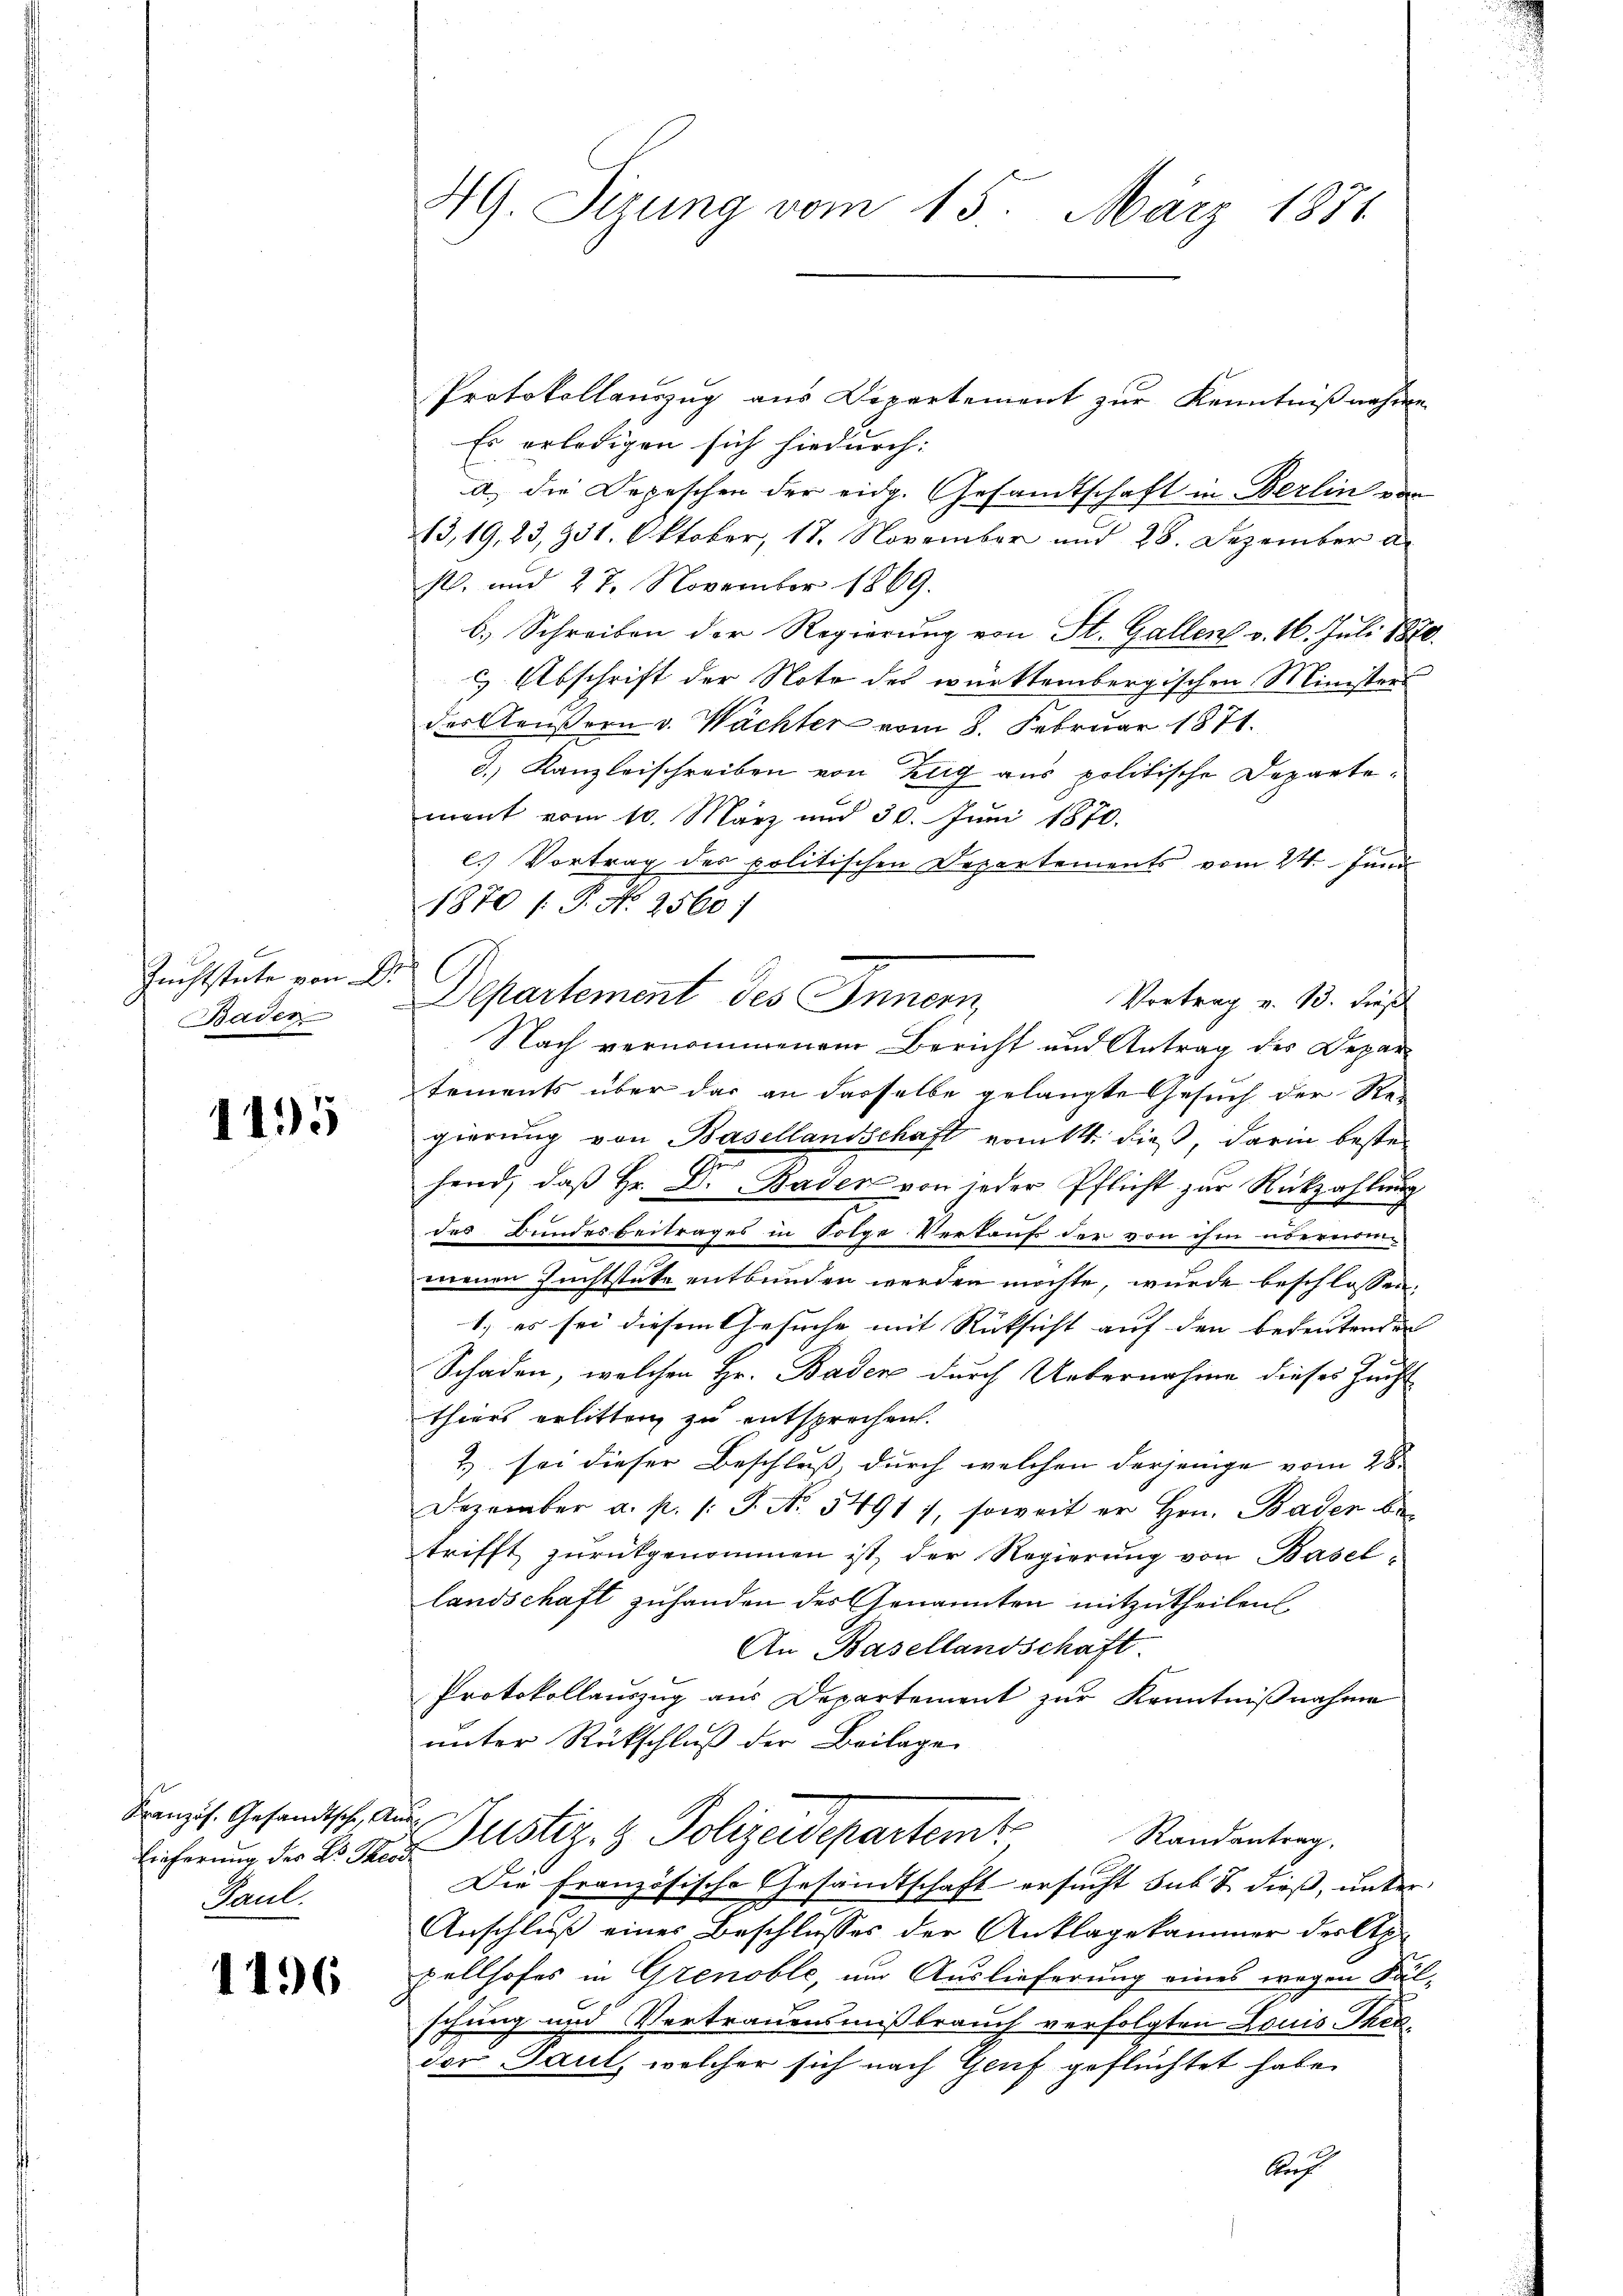
Zuchtstate von
Baden

1495

Französ. Gesandtsch, A.
lieferung des Dr. Theo
Paul.

1496

49. Sizung vom 15. März 1881

Protokollauszug aus Departement zur Kenntnißnahme
Es erledigen sich hiedurch:
a) die Depeschen der eidg. Gesandtschaft in Berlin von
13,19, 23, 931. Oktober, 17. November und 28. Dezember a.
1. und 27. November 1869.
b.) Schreiben der Regierung von St. Gallen v. 16. Juli 181
 Abschrift der Note des württembergischen Ministers
des Aeußern v. Wächter vom 8. Februar 1871.
2
d. Kanzleischreiben von Zug aus politische Departement vom 10. März und 30. Juni 1870.
l. Vortrag des politischen Departements vom 24. Juni
Vortrag v. 13. dieß
Nach vernommenem Bericht und Antrag des Departements über das an dasselbe gelangte Gesuch der Ste-
gierung von Basellandschaft ermitt. dieß, darin bestehend, daß Hr. Dr. Baden von jeder Pflicht zur Rückzahlung
des Bundesbeitrages in Folge Verkaufs der von ihm übereiden
menen Zuchtstutz entbunden werden möchte, wurde beschlossen:
1) es sei diesem Gesuche mit Rücksicht auf den bedeutenden
Schaden, welchen Hr. Baden durch Uebernahme dieses Zucht
thiers erlitten zu entsprochen.
2 sei dieser Beschluß durch welchen derjenige vom 28.
Dezember a. p. /: J. No. 54917, soweit er Hrn. Bader be
trifft zurückgenommen ist, der Regierung von Basel
landschaft zuhanden des Genannten mitzutheilen
An Basellandschaft.
Protokollauszug aus Departement zur Kenntnißnahme
unter Rückschluß der Beilage
Justiz- & Polizeisepartem Randantrag.
Die französische Gesandtschaft ersucht sub & dieß, unter
Anschluß eines Beschlusses der Anklagekammer der Ap
pellhofes in Grenoble, um Auslieferung eines wegen Fälschung und Vertrauensmißbrauch verfolgten Louis Theader Paul, welcher sich nach Genf geflüchtet habe.
Auf

1870 f. P. Nr. 25601

Departement des Innern,